Indian journal of veterinary science and animal husbandry - Volumes 18-21, 1948-1951
Year: 1948
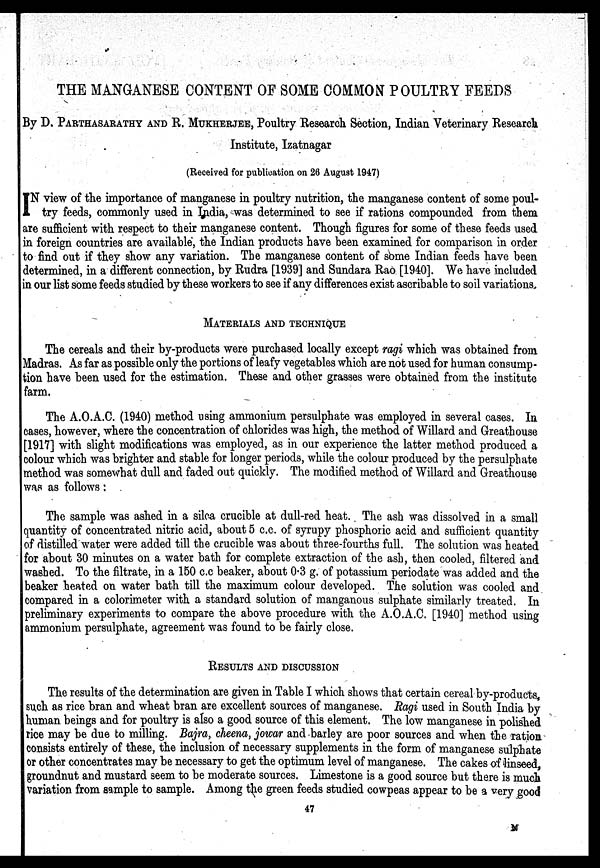
THE MANGANESE CONTENT OF SOME COMMON POULTRY FEEDS
By D. PARTHASARATHY AND R. MUKHERJEE, Poultry Research Section, Indian Veterinary Research
Institute, Izatnagar
(Received for publication on 26 August 1947)
I N view of the importance of manganese in poultry nutrition, the manganese content of some poul-
try feeds, commonly used in India, was determined to see if rations compounded from them
are sufficient with respect to their manganese content. Though figures for some of these feeds used
in foreign countries are available, the Indian products have been examined for comparison in order
to find out if they show any variation. The manganese content of some Indian feeds have been
determined, in a different connection, by Rudra [1939] and Sundara Rao [1940]. We have included
in our list some feeds studied by these workers to see if any differences exist ascribable to soil variations.
MATERIALS AND TECHNIQUE
The cereals and their by-products were purchased locally except ragi which was obtained from
Madras. As far as possible only the portions of leafy vegetables which are not used for human consump-
tion have been used for the estimation. These and other grasses were obtained from the institute
farm.
The A.O.A.C. (1940) method using ammonium persulphate was employed in several cases. In
cases, however, where the concentration of chlorides was high, the method of Willard and Greathouse
[1917] with slight modifications was employed, as in our experience the latter method produced a
colour which was brighter and stable for longer periods, while the colour produced by the persulphate
method was somewhat dull and faded out quickly. The modified method of Willard and Greathouse
was as follows :
The sample was ashed in a silca crucible at dull-red heat. The ash was dissolved in a small
quantity of concentrated nitric acid, about 5 c.c. of syrupy phosphoric acid and sufficient quantity
of distilled water were added till the crucible was about three-fourths full. The solution was heated
for about 30 minutes on a water bath for complete extraction of the ash, then cooled, filtered and
washed. To the filtrate, in a 150 c.c beaker, about 0.3 g. of potassium periodate was added and the
beaker heated on water bath till the maximum colour developed. The solution was cooled and
compared in a colorimeter with a standard solution of manganous sulphate similarly treated. In
preliminary experiments to compare the above procedure with the A.O.A.C. [1940] method using
ammonium persulphate, agreement was found to be fairly close.
RESULTS AND DISCUSSION
The results of the determination are given in Table I which shows that certain cereal by-products
such as rice bran and wheat bran are excellent sources of manganese. Ragi used in South India by
human beings and for poultry is also a good source of this element. The low manganese in polished
rice may be due to milling. Bajra, cheena, jowar and barley are poor sources and when the ration
consists entirely of these, the inclusion of necessary supplements in the form of manganese sulphate
or other concentrates may be necessary to get the optimum level of manganese. The cakes of linseed,
groundnut and mustard seem to be moderate sources. Limestone is a good source but there is much
variation from sample to sample. Among the green feeds studied cowpeas appear to be a very good
47
M